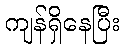
ကျန်ရှိနေပြီး